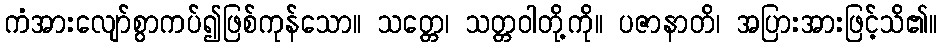
ကံအားလျော်စွာကပ်၍ဖြစ်ကုန်သော။ သတ္တေ၊ သတ္တဝါတို့ကို။ ပဇာနာတိ၊ အပြားအားဖြင့်သိ၏။